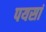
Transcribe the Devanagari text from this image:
पयसां